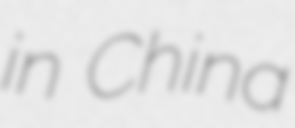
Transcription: in China